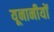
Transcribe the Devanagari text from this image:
यूनानीयों